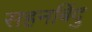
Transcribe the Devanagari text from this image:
सहनबिंदु